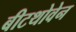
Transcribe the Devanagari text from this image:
बीटथोवेन